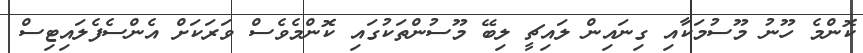
ކޮންމެ ހޫނު މޫސުމަކާއި ގިނައިން ލައިޗީ ލިބޭ މޫސުންތަކުގައި ކޮންމެވެސް ވަރަކަށް އެންސެފެލައިޓިސް